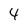
Character: 4